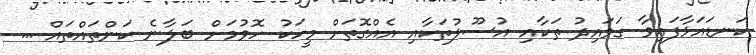
ކަނޑައަޅާފައިވާ ގަވައިދު ތަކާއި އުސޫލުތަކާއި އެއްގޮތަށް މީހަކު ހޮވުމަށް ބަލާނެ ކަންތައްތައް ...